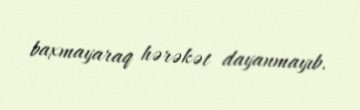
baxmayaraq hərəkət dayanmayıb.